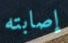
إصابته